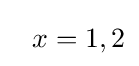
~~x=1,2